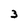
Character: 3